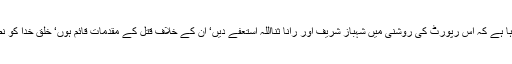
مطالبہ ہورہا ہے کہ اس رپورٹ کی روشنی میں شہباز شریف اور رانا ثنااللہ استعفے دیں‘ ان کے خلاف قتل کے مقدمات قائم ہوں‘ خلقِ خدا کو نصاف ملے۔